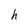
Character: h